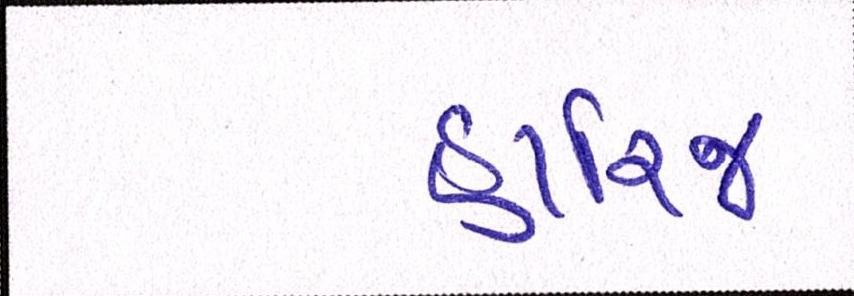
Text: હારિજ